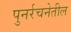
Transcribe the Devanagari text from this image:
पुनर्रचनेतील